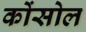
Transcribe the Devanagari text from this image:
कोंसोल